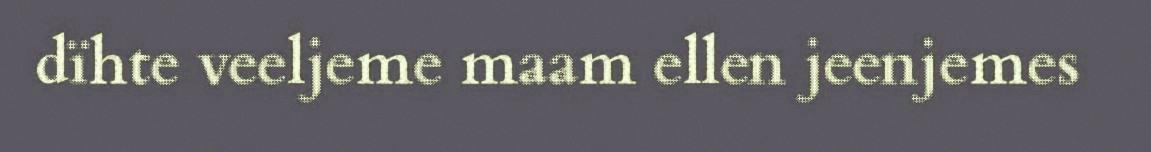
dïhte veeljeme maam ellen jeenjemes